Vaccination United Provinces of Agra and Oudh 1902-1913 - 1902-1913
Year: 1902
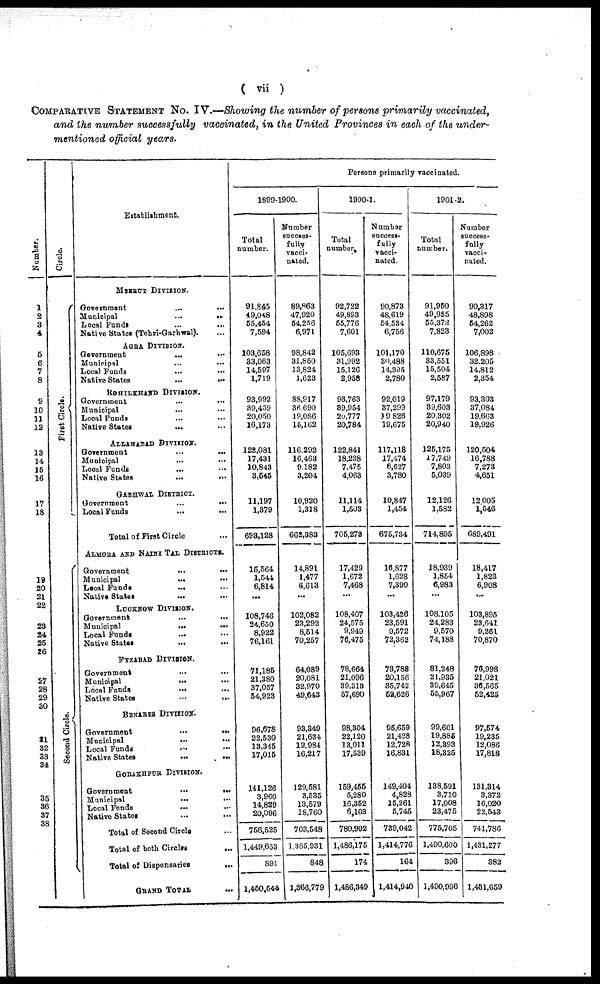
( vii )
COMPARATIVE STATEMENT No. IV.—Showing the number of persons primarily vaccinated,
and the number successfully vaccinated, in the United Provinces in each of the under-
mentioned official years.
Number.
1
2
3
4
5
6
7
8
9
10
11
12
13
14
15
16
17
18
19
20
21
22
23
24
25
26
27
28
29
30
31
32
33
34
35
36
37
38
Circle.
First Circle.
Se c ond Ci r cl e.
Establishment.
MEERUT DIVISION.
Government ... ...
Municipal
...
...
Local Funds ... ...
Native States (Tehri-Garhwal). ...
AGRA DIVISION.
Government ... ...
Municipal ... ...
Local Funds ... ...
Native States ... ...
ROHILKHAND DIVISION.
Government
...
...
Municipal ... ...
Local Funds ... ...
Native States ... ...
ALLAHABAD DIVISION.
Government
...
...
Municipal ... ...
Local Funds ... ...
Native States ... ...
GARHWAL DISTRICT.
Government
...
...
Local Funds
...
...
Total of First Circle
ALMORA AND NAINI TAL DISTRICTS.
Government
...
...
Municipal
...
...
Local Funds
... ...
Native States ... ...
LUCKNOW DIVISION.
Government
...
...
Municipal ... ...
Local Funds
... ...
Native States
...
...
FYZABAD DIVISION.
Government
...
...
Municipal
... ...
Local Funds
... ...
Native States
...
...
BENARES DIVISION.
Government
...
...
Municipal
...
...
Local Funds ... ...
Native States
...
...
GORAKHPUR DIVISION.
Government
...
...
Municipal ... ...
Local Funds
... ...
Native States ... ...
Total of Second Circle ...
Total of both Circles
...
Total of Dispensaries
...
GRAND TOTAL
...
Persons primarily vaccinated.
1899-1900.
Total
number.
91,845
49,048
55,454
7,594
103,658
33,063
14,597
1,719
93,992
39,459
20,050
16,173
122,081
17,431
10,843
3,545
11,197
1,379
693,128
15,564
1,544
6,814
...
108,746
24,650
8,922
76,161
71,185
21,380
37,057
54,923
96,678
22,530
13,345
17,015
141,126
3,960
14,829
20,096
756,525
1,449,653
891
1,450,544
Number
success¬
fully
vacci-
nated.
89,863
47,920
54,256
6,971
98,842
31,850
13,824
1,623
88,917
36,690
19,086
15,162
116,292
16,463
9,182
3,204
10,920
1,318
662,383
14,891
1,477
6,613
...
102,082
23,292
8,514
70,257
64,089
20,081
32,970
49,643
93,349
21,634
12,984
16,217
129,581
3,535
13,579
18,760
703,548
1,365,931
848
1,366,779
1900-1.
Total
number.
92,722
49,893
55,776
7,601
105,693
31,992
15,126
2,958
96,763
39,954
20,777
20,784
122,841
18,238
7,475
4,063
11,114
1,503
705,278
17,429
1,672
7,468
...
108,407
24,575
9,949
76,475
78,664
21,096
39,313
57,690
98,304
22,120
13,011
17,539
159,455
5,280
16,352
6,103
780,902
1,486,175
174
1,486,349
Number
success-
fully
vacci-
nated.
90,873
48,619
54,534
6,756
101,170
30,488
14,395
2,780
92,019
37,299
19,826
19,675
117,118
17,474
6,627
3,780
10,847
1,454
675,734
16,877
1,628
7,390
...
103,426
23,591
9,572
72,362
73,788
20,156
35,742
52,626
95,659
21,428
12,728
16,831
149,404
4,828
15,261
5,745
739,042
1,414,776
164
1,414,940
1901-2.
Total
number.
91,950
49,935
55,372
7,823
110,675
33,551
15,504
2,587
97,179
39,603
20,302
20,940
125,175
17,749
7,803
5,039
12,126
1,582
714,895
18,939
1,854
6,983
...
108,105
24,283
9,570
74,188
81,248
21,935
39,645
55,967
99,601
19,885
12,393
18,325
138,591
3,710
17,008
23,475
775,705
1,490,600
396
1,490,996
Number
success¬
fully
vacci-
nated.
90,317
48,898
54 262
7,002
106,898
32,205
14,812
2,354
93,303
37,084
19,663
19,926
120,504
16,788
7,273
4,651
12,005
1,546
689,491
18,417
1,823
6,908
...
103,895
23,641
9,261
70,870
76,998
21,021
36,565
52,425
97,574
19,235
12,086
17,818
131,314
3,372
16,020
22,543
741,786
1,431,277
382
1,481,659